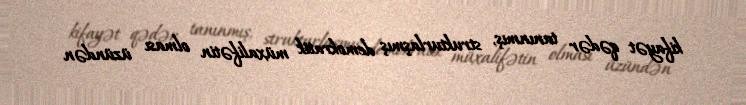
kifayət qədər tanınmış, strukturlaşmış demokratik müxalifətin olması üzündən